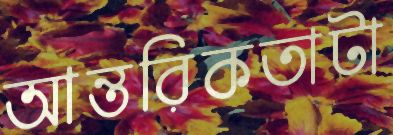
আন্তরিকতাটা